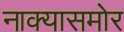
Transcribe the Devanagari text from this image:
नाक्‍यासमोर